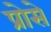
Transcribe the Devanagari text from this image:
प्रोसे